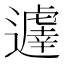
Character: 𨘈